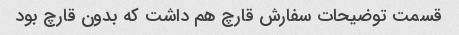
قسمت توضیحات سفارش قارچ هم داشت که بدون قارچ بود